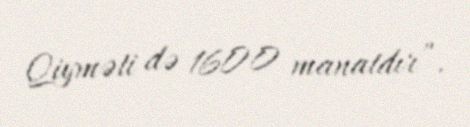
Qiyməti də 1600 manatdır”.